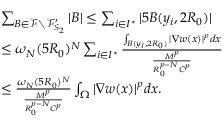
\begin{array} { r l } & { \sum _ { B \in \mathcal { F } \setminus \mathcal { F } _ { S _ { 2 } } ^ { \prime } } | B | \le \sum _ { i \in I ^ { \star } } | 5 B ( y _ { i } , 2 R _ { 0 } ) | } \\ & { \le \omega _ { N } ( 5 R _ { 0 } ) ^ { N } \sum _ { i \in I ^ { \star } } \frac { \int _ { B ( y _ { i } , 2 R _ { 0 } ) } | \nabla w ( x ) | ^ { p } d x } { \frac { M ^ { p } } { R _ { 0 } ^ { p - N } C ^ { p } } } } \\ & { \le \frac { \omega _ { N } ( 5 R _ { 0 } ) ^ { N } } { \frac { M ^ { p } } { R _ { 0 } ^ { p - N } C ^ { p } } } \int _ { \Omega } | \nabla w ( x ) | ^ { p } d x . } \end{array}